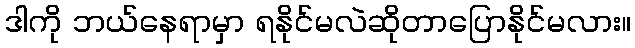
ဒါကို ဘယ်နေရာမှာ ရနိုင်မလဲဆိုတာပြောနိုင်မလား။